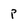
Character: p